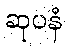
ဆုပနံ